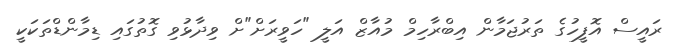
ރައީސް އޮފީހުގެ ތަރުޖަމާން އިބްރާހިމް މުއާޒް އަލީ "ހަވީރަށް"ށް ވިދާޅުވި ގޮތުގައި ޑިމާންޑްތަކަކީ